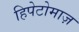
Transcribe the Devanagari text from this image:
हिपेटोमाज़